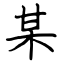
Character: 某